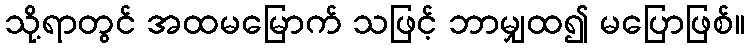
သို့ရာတွင် အထမမြောက် သဖြင့် ဘာမျှထ၍ မပြောဖြစ်။